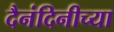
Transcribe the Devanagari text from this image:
दैनंदिनीच्या